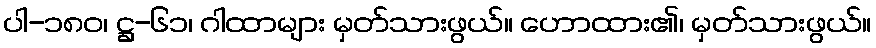
ပါ-၁၈၀၊ ဋ္ဌ-၆၁၊ ဂါထာများ မှတ်သားဖွယ်။ ဟောထား၏၊ မှတ်သားဖွယ်။